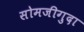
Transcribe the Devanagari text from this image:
सोमजीगुदा